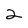
Character: 2